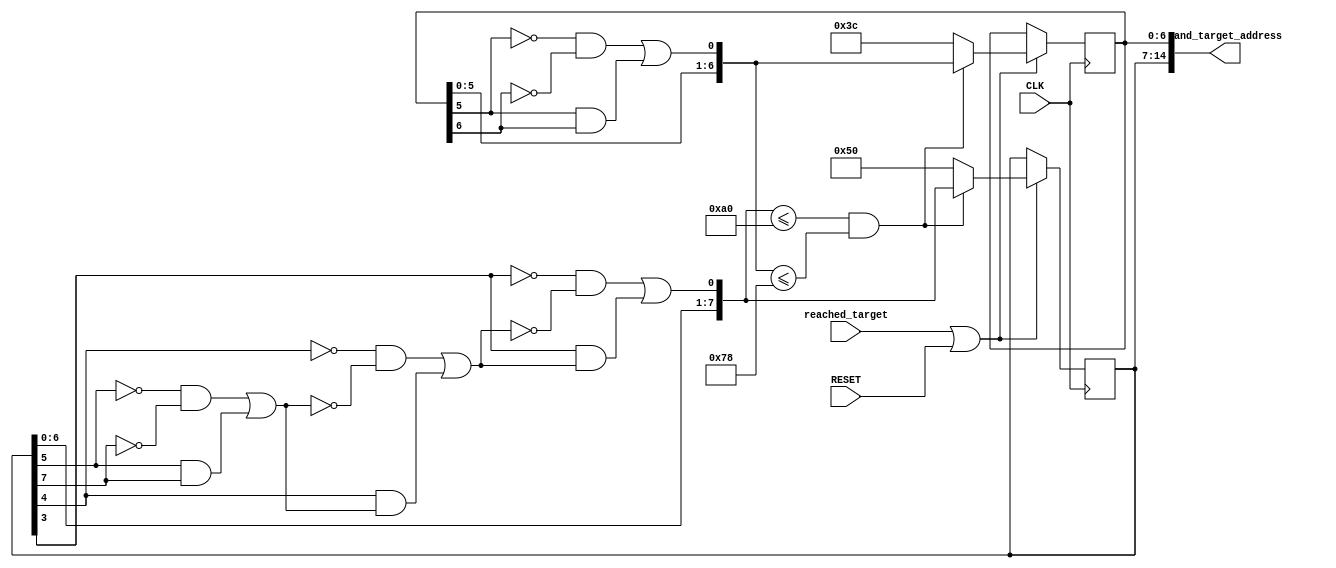
`timescale 1ns / 1ps
//////////////////////////////////////////////////////////////////////////////////
// Company: 
// Engineer: 
// 
// Design Name: 
// Module Name: Target_Generator
// Project Name: 
// Target Devices: 
// Tool Versions: 
// Description: 
// 
// Dependencies: 
// 
// Revision:
// Revision 0.01 - File Created
// Additional Comments:
// 
//////////////////////////////////////////////////////////////////////////////////


module Target_Generator(
        input CLK,
        input RESET,
        input reached_target,
        output [14:0] rand_target_address
    );
    
    reg [7:0] horizontal_shift_reg;
    reg [6:0] vertical_shift_reg;
    
//    reg [7:0] next_horizontal_shift_reg;
//    reg [6:0] next_vertical_shift_reg;
    
    wire eight_first_xnor;
    wire eight_second_xnor;
    wire eight_third_xnor;
    wire seven_xnor;    
    
    assign rand_target_address = {horizontal_shift_reg, vertical_shift_reg};   
    
    assign eight_first_xnor = ((~horizontal_shift_reg[5])&&(~horizontal_shift_reg[7])) || ((horizontal_shift_reg[5])&&(horizontal_shift_reg[7]));
    assign eight_second_xnor = ((~horizontal_shift_reg[4])&&(~eight_first_xnor)) || ((horizontal_shift_reg[4])&&(eight_first_xnor));
    assign eight_third_xnor = ((~horizontal_shift_reg[3])&&(~eight_second_xnor)) || ((horizontal_shift_reg[3])&&(eight_second_xnor));
    assign seven_xnor = ((~vertical_shift_reg[5])&&(~vertical_shift_reg[6])) || ((vertical_shift_reg[5])&&(vertical_shift_reg[6]));
    
    always@(posedge CLK) begin
//        if (RESET) begin
//            horizontal_shift_reg <= 8'b01100010;
//            vertical_shift_reg <= 7'b0101100;
//        end
//        else begin
            if (reached_target || RESET) begin
                if ({horizontal_shift_reg[6:0], eight_third_xnor} <= 160 && {vertical_shift_reg[5:0], seven_xnor} <= 120) begin
                    horizontal_shift_reg <= {horizontal_shift_reg[6:0], eight_third_xnor};
                    vertical_shift_reg <= {vertical_shift_reg[5:0], seven_xnor};
                end
                else begin
                    horizontal_shift_reg <= {8'd80};
                    vertical_shift_reg <= {7'd60};
                end
//                if ({vertical_shift_reg[5:0], seven_xnor} <= 120 && {vertical_shift_reg[5:0], seven_xnor} >= 10)
//                    vertical_shift_reg <= {vertical_shift_reg[5:0], seven_xnor};
//                else
//                    vertical_shift_reg <= {7'd60};
            end  
//            else begin
//                horizontal_shift_reg <= horizontal_shift_reg;
//                vertical_shift_reg <= vertical_shift_reg;
//            end
//        end
    end
    
endmodule